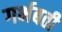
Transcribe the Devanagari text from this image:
गर्भबती